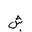
Letter: _shin